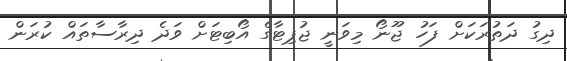
ދިގު ދަތުރަކަށް ފަހު ޖޫނޯ މިވަނީ ޖުޕިޓާގެ އޯބިޓަށް ވަދެ ދިރާސާތައް ކުރަން